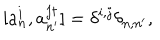
[ a _ { n } ^ { i } , a _ { n ^ { \prime } } ^ { j \dagger } ] = \delta ^ { i , j } \delta _ { n , n ^ { \prime } } ,